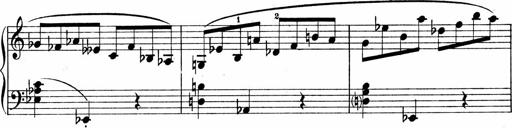
Title: Sonatina No.1
Composer: Otto Stoll
Key: C major